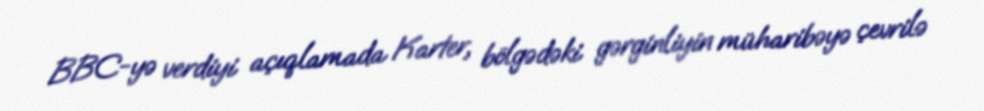
BBC-yə verdiyi açıqlamada Karter, bölgədəki gərginliyin müharibəyə çevrilə